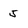
Character: 5